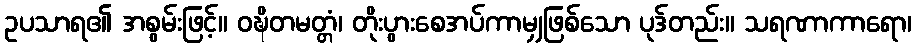
ဥပသာရ၏ အစွမ်းဖြင့်။ ဝဍ္ဎိတမတ္တံ၊ တိုးပွားစေအပ်ကာမျှဖြစ်သော ပုဒ်တည်း။ သရဏာကာရော၊